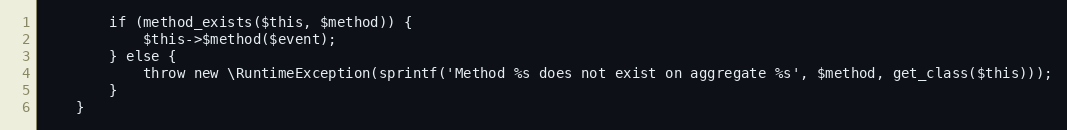
Language: PHP
        if (method_exists($this, $method)) {
            $this->$method($event);
        } else {
            throw new \RuntimeException(sprintf('Method %s does not exist on aggregate %s', $method, get_class($this)));
        }
    }